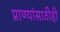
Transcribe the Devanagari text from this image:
प्राण्यांसाठीही